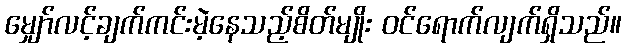
မျှော်လင့်ချက်ကင်းမဲ့နေသည့်စိတ်မျိုး ဝင်ရောက်လျက်ရှိသည်။